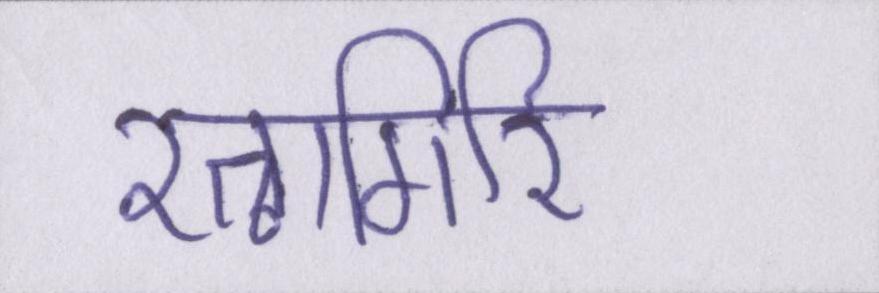
रत्नागिरि